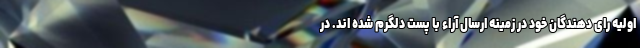
اولیه رای دهندگان خود در زمینه ارسال آراء با پست دلگرم شده اند. در